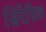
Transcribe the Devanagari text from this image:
सिरेरिक